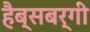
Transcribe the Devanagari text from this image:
हैब्सबर्गी